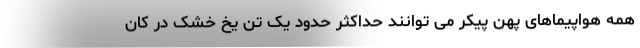
همه هواپیماهای پهن پیکر می توانند حداکثر حدود یک تن یخ خشک در کان